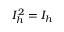
I _ { h } ^ { 2 } = I _ { h }